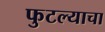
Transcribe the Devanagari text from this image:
फुटल्याचा